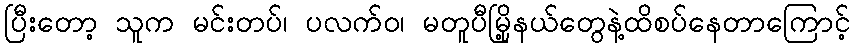
ပြီးတော့ သူက မင်းတပ်၊ ပလက်ဝ၊ မတူပီမြို့နယ်တွေနဲ့ထိစပ်နေတာကြောင့်